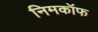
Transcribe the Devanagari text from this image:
निमकॉफ